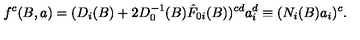
f ^ { c } ( B , a ) = ( D _ { i } ( B ) + 2 D _ { 0 } ^ { - 1 } ( B ) \hat { F } _ { 0 i } ( B ) ) ^ { c d } a _ { i } ^ { d } \equiv ( N _ { i } ( B ) a _ { i } ) ^ { c } .